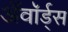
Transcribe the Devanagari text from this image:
ॲवॉर्ड्‌स